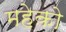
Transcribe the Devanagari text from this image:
महेको